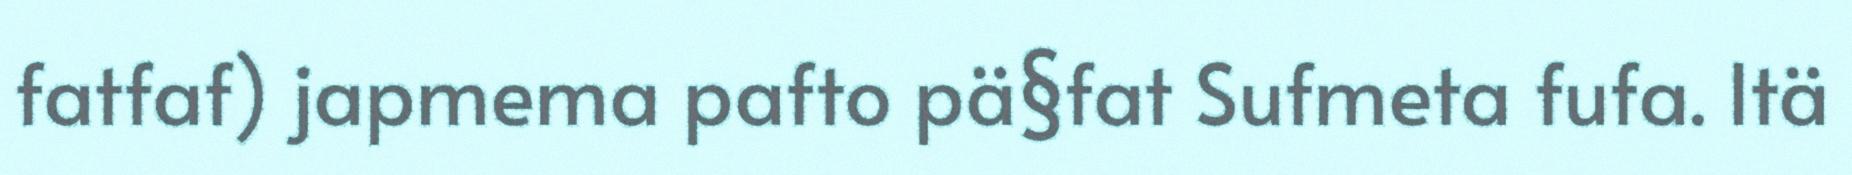
fatfaf) japmema pafto pä§fat Sufmeta fufa. Itä